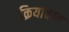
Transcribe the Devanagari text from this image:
क्रियांवय्न